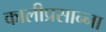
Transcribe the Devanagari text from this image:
कालीप्रसान्ना